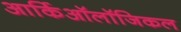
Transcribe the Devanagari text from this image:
आर्किऑलॉजिकल